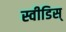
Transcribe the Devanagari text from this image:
स्वीडिस्